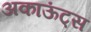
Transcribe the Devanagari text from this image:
अकाऊंट्‌स